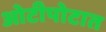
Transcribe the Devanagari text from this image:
ओटीपोटात